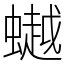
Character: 𧑅